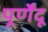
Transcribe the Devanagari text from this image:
पूर्णेंदू